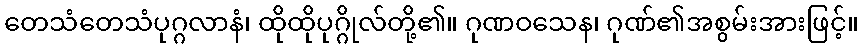
တေသံတေသံပုဂ္ဂလာနံ၊ ထိုထိုပုဂ္ဂိုလ်တို့၏။ ဂုဏဝသေန၊ ဂုဏ်၏အစွမ်းအားဖြင့်။